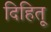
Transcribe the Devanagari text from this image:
दिहितू